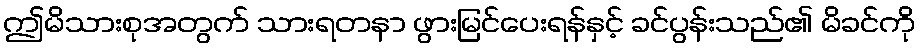
ဤမိသားစုအတွက် သားရတနာ ဖွားမြင်ပေးရန်နှင့် ခင်ပွန်းသည်၏ မိခင်ကို